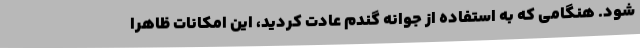
شود. هنگامی که به استفاده از جوانه گندم عادت کردید، این امکانات ظاهراً